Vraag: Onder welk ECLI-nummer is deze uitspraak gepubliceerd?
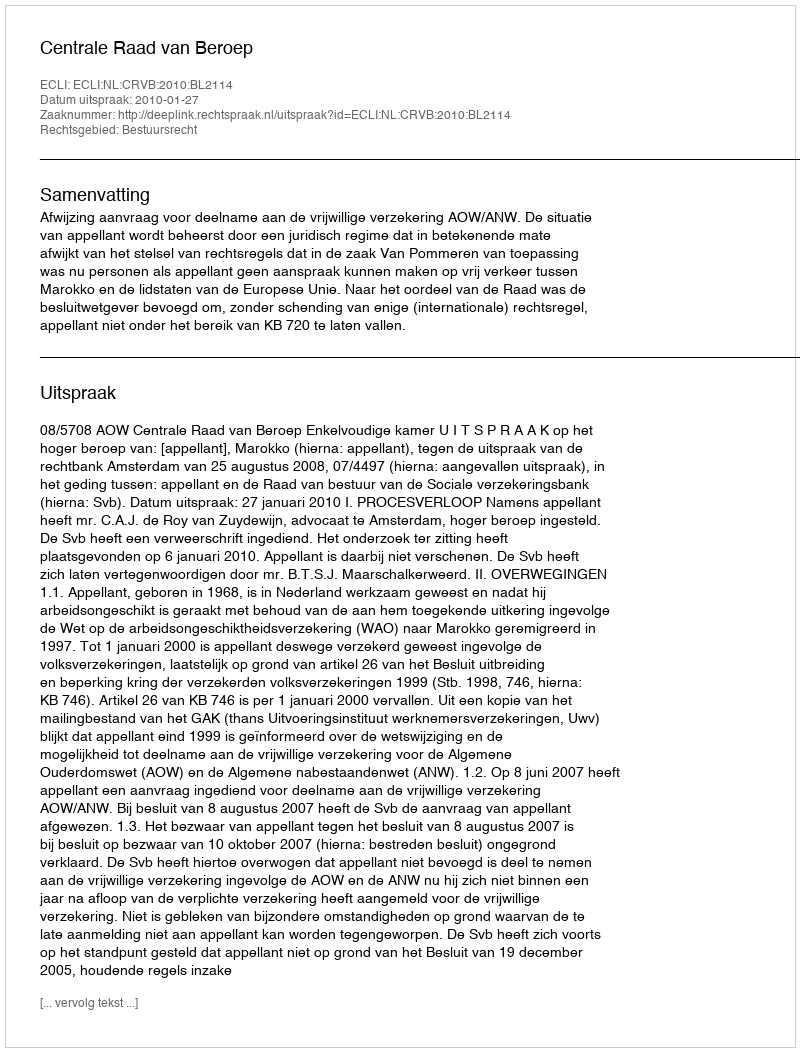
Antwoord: ECLI:NL:CRVB:2010:BL2114